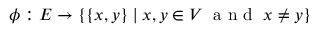
\phi : E \to \{ \{ x , y \} \mid x , y \in V \; { \textrm { a n d } } \; x \neq y \}